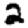
Digit: 2